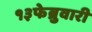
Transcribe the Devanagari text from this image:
१३फेब्रुवारी